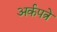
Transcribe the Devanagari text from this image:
अर्कपत्रे